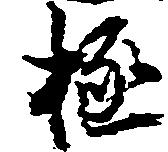
極